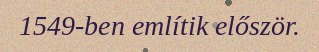
1549-ben említik először.